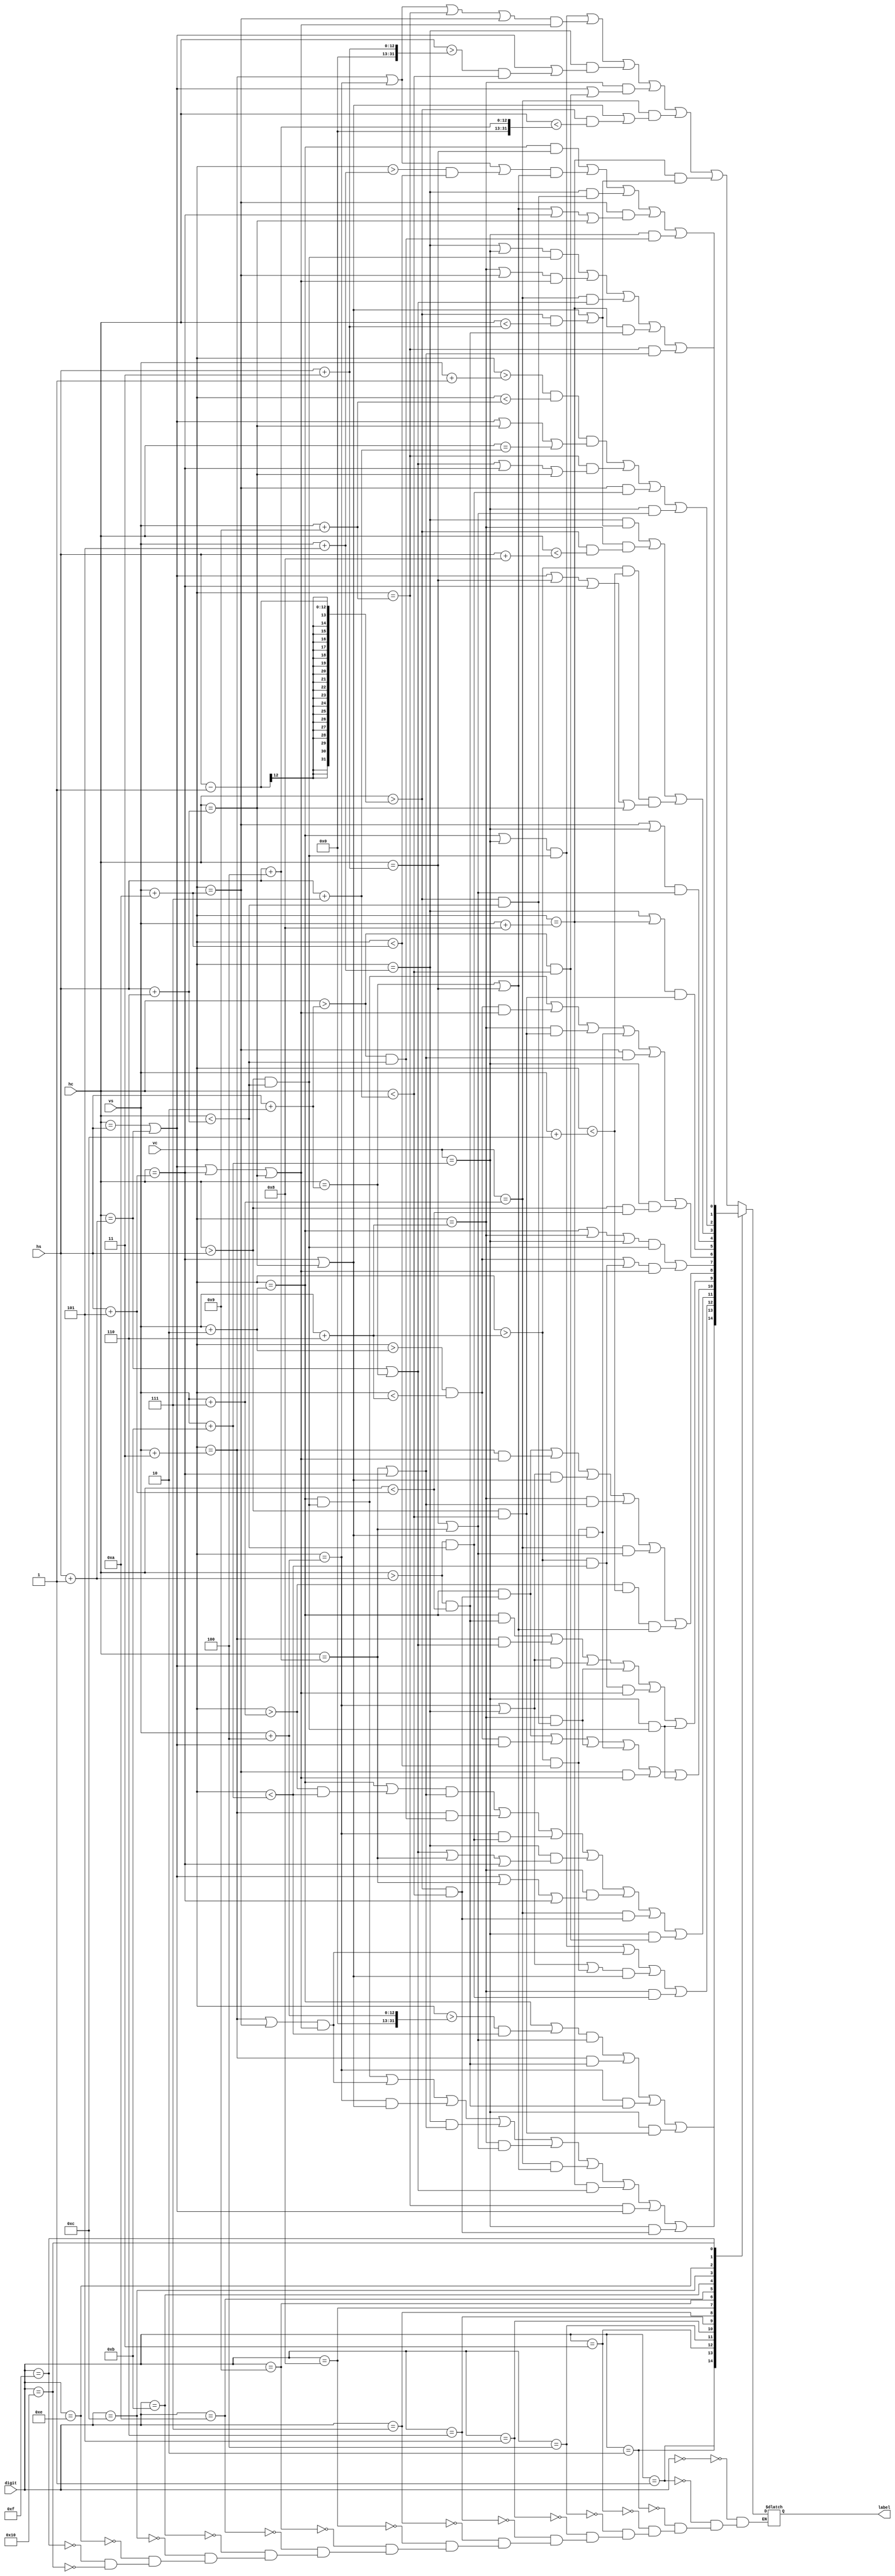
`timescale 1ns / 1ps
//////////////////////////////////////////////////////////////////////////////////
// Company: 
// Engineer: 
// 
// Design Name: 
// Module Name: Display_conv
// Project Name: 
// Target Devices: 
// Tool Versions: 
// Description: 
// 
// Dependencies: 
// 
// Revision:
// Revision 0.01 - File Created
// Additional Comments:
// 
//////////////////////////////////////////////////////////////////////////////////


module Display_conv(
    //input clk,
    input [4:0] digit,
    input [11:0] hc,
    input [11:0] vc,
    input [11:0] hs,
    input [11:0] vs,
    
    output reg label
    );
    
    //reg label;
    
    always @ (digit) begin
        case (digit)
            5'd0 : label = (((vc == (vs+2) || vc == (vs+11)) && ( hc > (hs) && hc < (hs+6))) ||
                                ((vc == (vs+3) || vc == (vs+4) || vc == (vs+9) || vc == (vs+10)) 
                                && (hc == hs || hc == (hs+1) || hc == (hs+5) || hc == (hs+6))) ||
                            ((vc == (vs+5)) && ((hc == hs || hc == (hs+1)) || (hc > (hs+3) && hc < (hs+7)))) ||
                            ((vc == (vs+6)) && ((hc == hs || hc == (hs+1)) || (hc > (hs+2) && hc < (hs+7)))) ||
                            ((vc == (vs+7)) && ((hc == (hs+5) || hc == (hs+6)) || (hc > (hs-1) && hc < (hs+4)))) ||
                            ((vc == (vs+8)) && ((hc == (hs+5) || hc == (hs+6)) || (hc > (hs-1) && hc < (hs+3))))
                            );
                            
            5'd1 : label = (((vc == (vs+2) || ((vc > (vs+4)) && (vc < (vs+11)))) && (hc == (hs+3) || hc == (hs+4))) ||
                            ((vc == (vs+3)) && (hc > (hs+1) && hc < (hs+5))) ||
                            ((vc == (vs+4)) && (hc > hs+1 && hc < (hs+5))) ||
                            ((vc == (vs+11)) && (hc > hs && hc < (hs+7)))
                            );
                            
            5'd2 : label = (((vc == (vs+2)) && ( hc > hs && hc < (hs+6))) ||
                            ((vc == (vs+3) || vc == (vs+10)) && ( hc == hs || hc == (hs+1)|| hc == (hs+5) || hc == (hs+6))) ||
                            ((vc == (vs+4)) && ( hc == (hs+5) || hc == (hs+6))) ||
                            ((vc == (vs+5)) && ( hc == (hs+4) || hc == (hs+5))) ||
                            ((vc == (vs+6)) && ( hc == (hs+3) || hc == (hs+4))) ||
                            ((vc == (vs+7)) && ( hc == (hs+2) || hc == (hs+3))) ||
                            ((vc == (vs+8)) && ( hc == (hs+1) || hc == (hs+2))) ||
                            ((vc == (vs+9)) && ( hc == hs || hc == (hs+1))) ||
                            ((vc == (vs+11)) && ( hc > (hs-1) && hc < (hs+7)))
                            );
            
            5'd3 : label = (((vc == (vs+2) || vc == (vs+11)) && ( hc > hs && hc < (hs+6))) ||
                            ((vc == (vs+3) || vc == (vs+10)) && ( hc == hs || hc == (hs+1)|| hc == (hs+5) || hc == (hs+6))) ||
                            ((vc == (vs+4) || vc == (vs+5) || (vc > (vs+6) && vc < (vs+10))) && ( hc == (hs+5) || hc == (hs+6))) ||
                            ((vc == (vs+6)) && ( hc > (hs+1) && hc < (hs+6)))
                            );
            
            5'd4 : label = (((vc == (vs+2) || ((vc > (vs+7)) && (vc < (vs+11)))) && ( hc == (hs+4) || hc == (hs+5))) ||
                            ((vc == (vs+3)) && (hc > (hs+2) && hc < (hs+6))) ||
                            ((vc == (vs+4)) && (hc > (hs+1) && hc < (hs+6))) ||
                            ((vc == (vs+5)) && (hc == (hs+1) || hc == (hs+2) || hc == (hs+4) || hc == (hs+5))) ||
                            ((vc == (vs+6)) && (hc == hs || hc == (hs+1) || hc == (hs+4) || hc == (hs+5))) ||
                            ((vc == (vs+7)) && (hc > (hs-1) && hc < (hs+7))) ||
                            ((vc == (vs+11)) && (hc > (hs+2) && hc < (hs+7)))
                            );
        
            5'd5 : label = (((vc == (vs+2)) && (hc > (hs-1) && hc < (hs+7))) ||
                            ((vc > (vs+2) && vc < (vs+6)) && ( hc == hs || hc == (hs+1))) ||
                            ((vc == (vs+6)) && (hc > (hs-1) && hc < (hs+6))) ||
                            ((vc > (vs+6) && vc < (vs+10)) && ( hc == (hs+5) || hc == (hs+6))) ||
                            ((vc == (vs+10)) && (hc == hs || hc == (hs+1) || hc == (hs+5) || hc == (hs+6))) ||
                            ((vc == (vs+11)) && (hc > hs && hc < (hs+6)))
                            );
        
            5'd6 : label = (((vc == (vs+2)) && (hc > (hs+1) && hc < (hs+5))) ||
                            ((vc == (vs+3)) && (hc == (hs+1) || hc == (hs+2))) ||
                            ((vc == (vs+4) || vc == (vs+5)) && (hc == hs || hc == (hs+1))) ||
                            ((vc == (vs+6)) && (hc > (hs-1) && hc < (hs+6))) ||
                            ((vc > (vs+6) && vc < (vs+11)) && ( hc == hs || hc == (hs+1) || hc == (hs+5) || hc == (hs+6))) ||
                            ((vc == (vs+11)) && (hc > hs && hc < (hs+6)))
                            );
        
            5'd7 : label = (((vc == (vs+2)) && (hc > (hs-1) && hc < (hs+7))) ||
                            ((vc == (vs+3)) && (hc == hs || hc == (hs+1)|| hc == (hs+5) || hc == (hs+6))) ||
                            ((vc == (vs+4) || vc == (vs+5)) && (hc == (hs+5) || hc == (hs+6))) ||
                            ((vc == (vs+6)) && (hc == (hs+4) || hc == (hs+5))) ||
                            ((vc == (vs+7)) && (hc == (hs+3) || hc == (hs+4))) ||
                            ((vc > (vs+7) && vc < (vs+12)) && (hc == (hs+2) || hc == (hs+3)))
                            );
        
            5'd8 : label = (((vc == (vs+2) || vc == (vs+6) || vc == (vs+11)) && (hc > hs && hc < (hs+6))) ||
                            (((vc > (vs+2) && vc < (vs+6)) || (vc > (vs+6) && vc < (vs+11))) 
                                && (hc == hs || hc == (hs+1) || hc == (hs+5) || hc == (hs+6)))
                            );
            
            5'd9 : label = (((vc == (vs+2)) && (hc > hs && hc < (hs+6))) ||
                            ((vc > (vs+2) && vc < (vs+6)) && ( hc == hs || hc == (hs+1) || hc == (hs+5) || hc == (hs+6))) ||
                            ((vc == (vs+6)) && (hc > hs && hc < (hs+7))) ||
                            ((vc > (vs+6) && vc < (vs+10)) && (hc == (hs+5) || hc == (hs+6))) ||
                            ((vc == (vs+10)) && (hc == (hs+4) || hc == (hs+5))) ||
                            ((vc == (vs+11)) && (hc > hs && hc < (hs+5)))
                            );
            5'd10 : label = (((vc == (vs+5) || vc == (vs+8)) && (hc > hs && hc < (hs+7)))
                          ); // =
                            
            5'd11 : label = (((vc == (vs+10) || vc ==(vs+11)) && (hc == (hs+3) || hc == (hs+4)))
                             );//dot
            
            5'd12 : label = (((vc == (vs+5)) && ((hc == (hs+5) || hc == (hs+6)) || (hc > (hs-1) && hc < (hs+3)))) ||
                             ((vc == (vs+6)) && (hc > (hs-1) && hc < (hs+8))) ||
                             ((vc > (vs+6) && vc < (vs+12)) && (hc == hs || hc == (hs+1) || hc == (hs+3) 
                                || hc == (hs+5) || hc == (hs+6)))    
                            );//milli's small m 
            5'd14 : label = (((vc > (vs+1) && vc < (vs+9)) && ( hc == hs || hc == (hs+1) || hc == (hs+6) || hc == (hs+7))) ||
                          ((vc == (vs+9)) && ( hc == (hs+1) || hc == (hs+2) || hc == (hs+5) || hc == (hs+6))) || 
                          ((vc == (vs+10)) && (hc > (hs+1) && hc < (hs+6))) ||
                          ((vc == (vs+11)) && (hc == (hs+3) || hc == (hs+4)))
                            ); // Volts

            5'd15 : label = (((vc == (vs+2)) && (hc == (hs+3))) ||
                          ((vc == (vs+3) || vc ==(vs+4) || (vc > (vs+5) && vc < (vs+10))) 
                            && (hc == (hs+2) || hc == (hs+3))) ||
                           ((vc == (vs+5)) && (hc > (hs-1) && hc < (hs+6))) ||
                           ((vc == (vs+10)) && (hc == (hs+2) || hc == (hs+3) || hc == (hs+5)|| hc == (hs+6))) ||
                           ((vc == (vs+11)) && (hc > (hs+2) && hc < (hs+6)))
                            ); // t
            5'd16 : label = (((vc == (vs+5) || vc == (vs+11)) && (hc > hs && hc < (hs+6))) ||
                          ((vc == (vs+6) || vc == (vs+10)) 
                            && (hc == hs || hc == (hs+1) || hc == (hs+5)|| hc == (hs+6))) ||
                          ((vc == (vs+7)) && (hc == (hs+1) || hc == (hs+2))) ||
                          ((vc == (vs+8)) && (hc > (hs+1) && hc < (hs+5))) ||
                          ((vc == (vs+9)) && (hc == (hs+4) || hc == (hs+5)))
                           );// s   
        endcase
    end  
    
    
    
    
endmodule